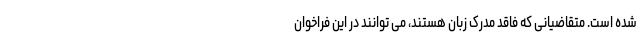
شده است. متقاضیانی که فاقد مدرک زبان هستند، می توانند در این فراخوان